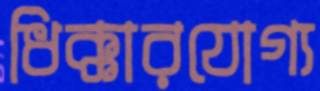
ধিক্কারযোগ্য